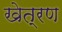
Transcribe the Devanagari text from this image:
खेत्रण